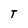
Character: T